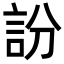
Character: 訜